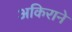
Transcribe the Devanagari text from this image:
अकिराने